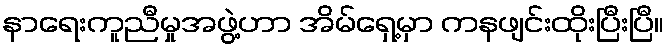
နာရေးကူညီမှုအဖွဲ့ဟာ အိမ်ရှေ့မှာ ကနဖျင်းထိုးပြီးပြီ။